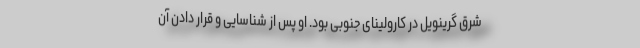
شرق گرینویل در کارولینای جنوبی بود. او پس از شناسایی و قرار دادن آن